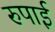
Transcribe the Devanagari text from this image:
रुपाई